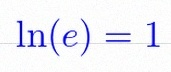
\ln(e)=1